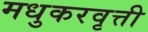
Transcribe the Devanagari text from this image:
मधुकरवृत्ती